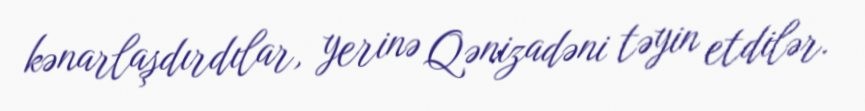
kənarlaşdırdılar, yerinə Qənizadəni təyin etdilər.